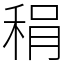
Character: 䅌